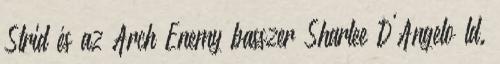
Strid és az Arch Enemy basszer Sharlee D'Angelo ld.